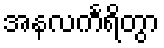
အနလင်္ကရိတွာ